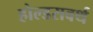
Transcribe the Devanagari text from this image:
होल्डसवर्थ